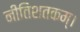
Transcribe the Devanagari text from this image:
नीतिशतकम्।